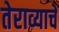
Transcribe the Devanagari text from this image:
तेराव्याचे